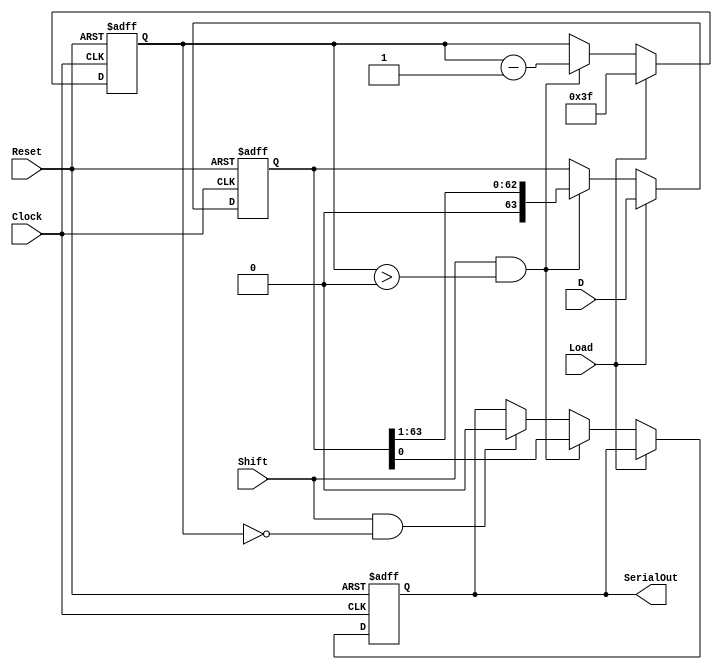
module PISO_Register (
    input wire [63:0] D,        // 64-bit parallel input data
    input wire Load,            // Load control signal
    input wire Shift,           // Shift control signal
    input wire Clock,           // Clock signal
    input wire Reset,           // Asynchronous reset signal
    output reg SerialOut        // Serial output
);

    reg [63:0] shift_reg;       // 64-bit shift register
    reg [5:0] bit_count;        // Counter for the number of bits shifted out

    always @(posedge Clock or posedge Reset) begin
        if (Reset) begin
            shift_reg <= 64'b0;  // Reset the shift register to 0
            SerialOut <= 1'b0;    // Reset the SerialOut to 0
            bit_count <= 6'b0;    // Reset bit counter
        end else begin
            if (Load) begin
                shift_reg <= D;    // Load data into shift register
                bit_count <= 6'd63; // Set counter to start shifting from LSB
            end else if (Shift && bit_count > 0) begin
                SerialOut <= shift_reg[0]; // Output the LSB
                shift_reg <= shift_reg >> 1; // Shift right
                bit_count <= bit_count - 1; // Decrement bit counter
            end else if (Shift && bit_count == 0) begin
                SerialOut <= 1'b0; // Output 0 when no bits left to shift
            end
        end
    end

endmodule